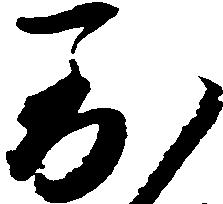
到